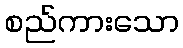
စည်ကားသော